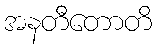
အနတီတောတိ